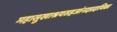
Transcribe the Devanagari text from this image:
महासुखाश्रयसहजांनदप्रदायिका